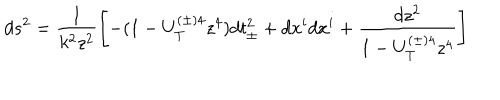
d s ^ { 2 } = \frac { 1 } { k ^ { 2 } z ^ { 2 } } \left[ - ( 1 - U _ { T } ^ { ( \pm ) 4 } z ^ { 4 } ) d t _ { \pm } ^ { 2 } + d x ^ { i } d x ^ { i } + \frac { d z ^ { 2 } } { 1 - U _ { T } ^ { ( \pm ) 4 } z ^ { 4 } } \right]